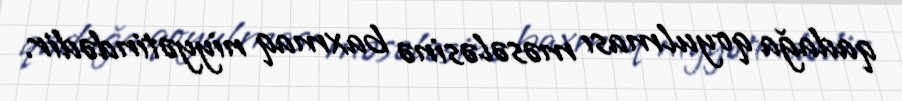
qadağa qoyulması məsələsinə baxmaq niyyətindədir.